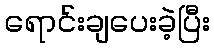
ရောင်းချပေးခဲ့ပြီး